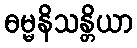
ဓမ္မနိသန္တိယာ